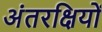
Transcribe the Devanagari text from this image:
अंतरक्षियों